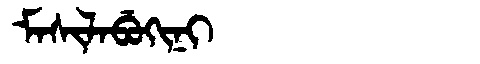
Manchu: ᠮᠠᠰᡳᠯᠠᠪᡠᡴᡳᠨᡳ
Romanization: MASILABUKINI